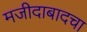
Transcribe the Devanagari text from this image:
मजीदाबादचा